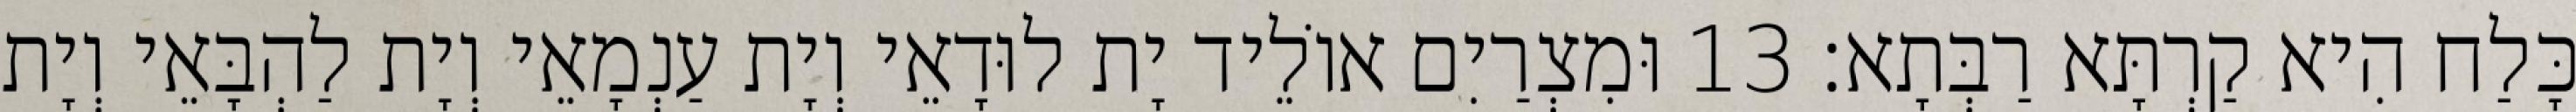
כָּלַח הִיא קַרְתָּא רַבְּתָא׃ 13 וּמִצְרַיִם אוֹלֵיד יָת לוּדָאֵי וְיָת עַנְמָאֵי וְיָת לַהְבָּאֵי וְיָת